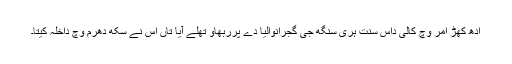
ادھ کھڑ امر وچ کالی داس سنت ہری سنگھ جی گجرانوالیا دے پرربھاو تھلے آیا تاں اس نے سکھ دھرم وچ داخلہ کیتا۔